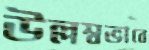
উল্লম্বভাবে